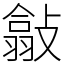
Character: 㪧